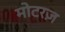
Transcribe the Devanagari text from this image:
मोटरज़